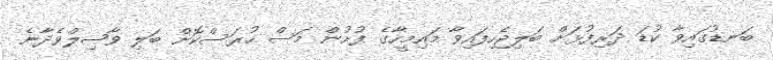
ބަނޑުގައިވާ ކުޑަ ދަރިފުޅަށް ބަލިޖެހިފައިވާ މައިމީހާގެ ފުށުން މަސް ހުރަސްކޮށް ބަލި ވާޞިލްވެދާނެ